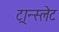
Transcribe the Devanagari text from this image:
ट्रान्स्लेट